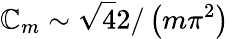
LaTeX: \mathbb{C}_{m}\sim\sqrt{{4}}{{2/\left(m\pi^{2}\right)}}